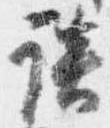
談